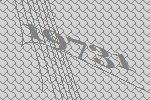
19731